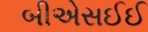
બીએસઈઈ